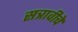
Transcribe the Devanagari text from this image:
सत्रावीचे